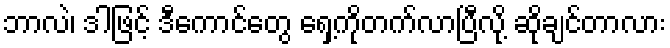
ဘာလဲ၊ ဒါဖြင့် ဒီကောင်တွေ ရှေ့ကိုတက်လာပြီလို့ ဆိုချင်တာလား